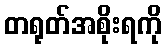
တရုတ်အစိုးရကို